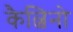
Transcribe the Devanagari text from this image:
कैल्विनो